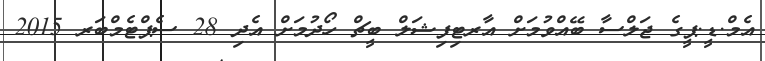
އެމް.ޑީ.ޕީގެ ޖަލްސާ ބޭއްވުމަށް އާރޓިފިޝަލް ބީޗް ހޯދުމަށް އެދި 28 ސެޕްޓެމްބަރ 2015